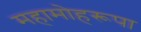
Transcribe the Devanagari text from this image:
महामोहरूपा